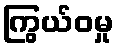
ကြွယ်ဝမှု